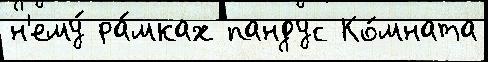
н'ему́ ра́мках пандус Ко́мната